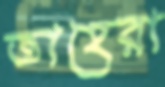
তাহেরা